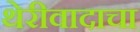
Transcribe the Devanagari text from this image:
थेरीवादाचा